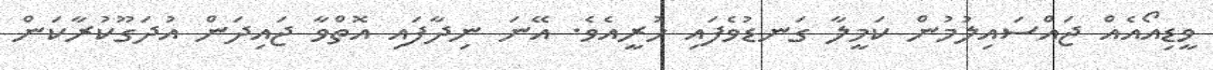
ވީޑިއޯއެއް ޖައްސައިލުމުން ކަމީލާ ގަނޑުވެފައި ހުރީއެވެ. އޭނަ ނިދާފައި އޮތްވާ ޖައިދަން އުދަގޫކުރާކަން